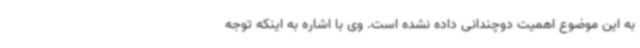
به این موضوع اهمیت دوچندانی داده نشده است. وی با اشاره به اینکه توجه